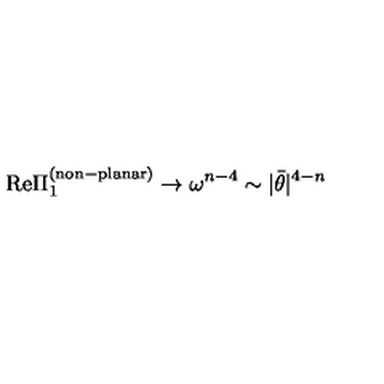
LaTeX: \mathrm { R e } \Pi _ { 1 } ^ { \mathrm { ( n o n \mathrm { - } p l a n a r ) } } \rightarrow \omega ^ { n - 4 } \sim | \bar { \theta } | ^ { 4 - n }